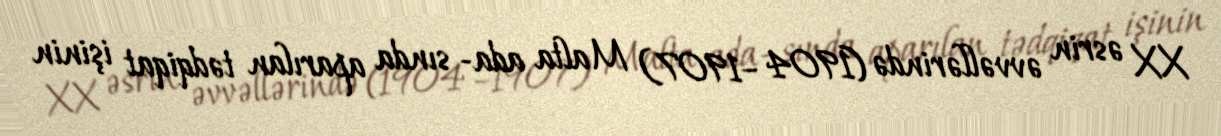
XX əsrin əvvəllərində (1904 –1907) Malta ada- sında aparılan tədqiqat işinin